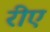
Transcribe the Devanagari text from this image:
रीए